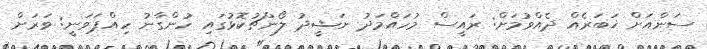
ސަންއަށް ޚަބަރެއް ދެއްވުމަށް: ރައީސް މުހައްމަދު ނަޝީދު ލޯންޗުކޮޅުގައި ހުންގާނު ހިއްޕަވަނީ: ވަރަށް